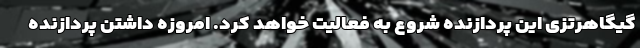
گیگاهرتزی این پردازنده شروع به فعالیت خواهد کرد. امروزه داشتن پردازنده